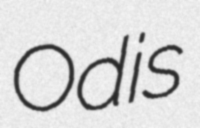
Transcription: Odis